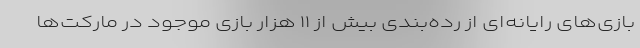
بازی‌های رایانه‌ای از رده‌بندی بیش از ۱۱ هزار بازی موجود در مارکت‌ها